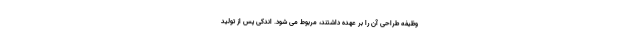
وظیفه طراحی آن را بر عهده داشتند، مربوط می شود. اندکی پس از تولید